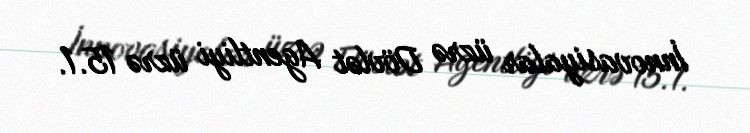
İnnovasiyalar üzrə Dövlət Agentliyi üzrə 15.1.